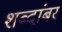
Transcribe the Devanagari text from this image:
शब्दांबर